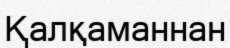
Қалқаманнан